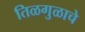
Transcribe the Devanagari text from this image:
तिळगुळाचे